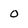
Character: o